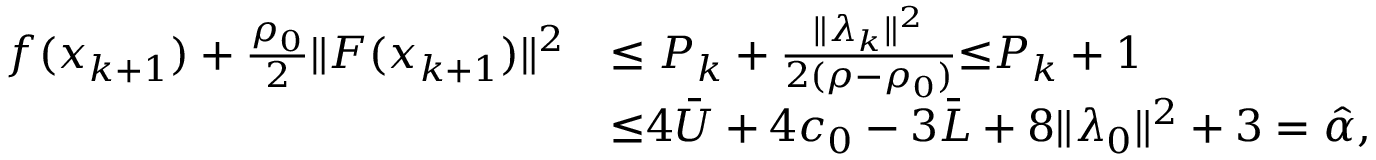
\begin{array} { r l } { f ( x _ { k + 1 } ) + \frac { \rho _ { 0 } } { 2 } \| F ( x _ { k + 1 } ) \| ^ { 2 } } & { \leq P _ { k } + \frac { \| \lambda _ { k } \| ^ { 2 } } { 2 ( \rho - \rho _ { 0 } ) } { \overset { } { \leq } } P _ { k } + 1 } \\ & { { \overset { } { \leq } } 4 \bar { U } + 4 c _ { 0 } - 3 \bar { L } + 8 \| \lambda _ { 0 } \| ^ { 2 } + 3 = \hat { \alpha } , } \end{array}